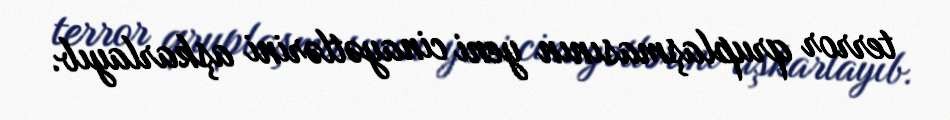
terror qruplaşmasının yeni cinayətlərini aşkarlayıb.